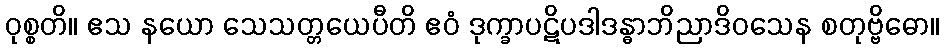
ဝုစ္စတိ။ ဧသ နယော သေသတ္တယေပီတိ ဧဝံ ဒုက္ခာပဋိပဒါဒန္ဓာဘိညာဒိဝသေန စတုဗ္ဗိဓော။